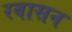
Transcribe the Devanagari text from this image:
रवासन